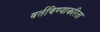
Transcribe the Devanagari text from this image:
वर्तविण्याकरिता